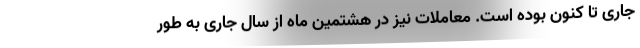
جاری تا کنون بوده است. معاملات نیز در هشتمین ماه از سال جاری به طور